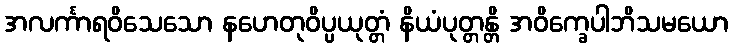
အလင်္ကာရဝိသေသော နဟေတုဝိပ္ပယုတ္တံ နိယံပုတ္တန္တိ အဝိက္ခေပါဘိသမယော